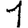
Digit: 1